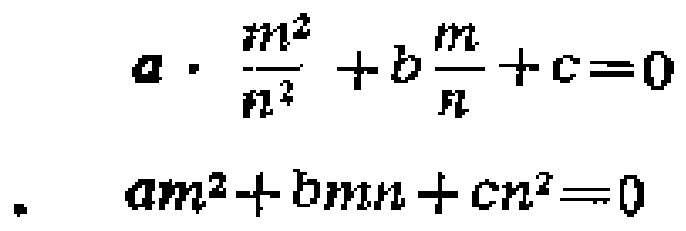
\[
a\cdot\frac{m^{2}}{n^{2}}+b\frac{m}{n}+c = 0
\]
\[
am^{2}+bmn+cn^{2}=0
\]